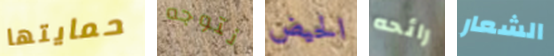
حمايتها نتوجه الحيض رائحه الشعار